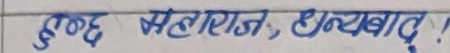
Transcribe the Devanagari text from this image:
इष्ट महाराज, धन्यवाद!